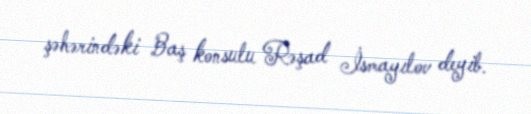
şəhərindəki Baş konsulu Rəşad İsmayılov deyib.